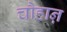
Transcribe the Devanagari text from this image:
चौहाऩ़